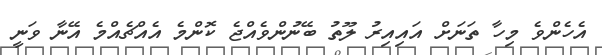
އެހެންވެ މިހާ ތަނަށް އައިއިރު ލޫތު ބޭނުންވެއްޖެ ކޮންމެ އެއްޗެއްމެ އޭނާ ވަނީ